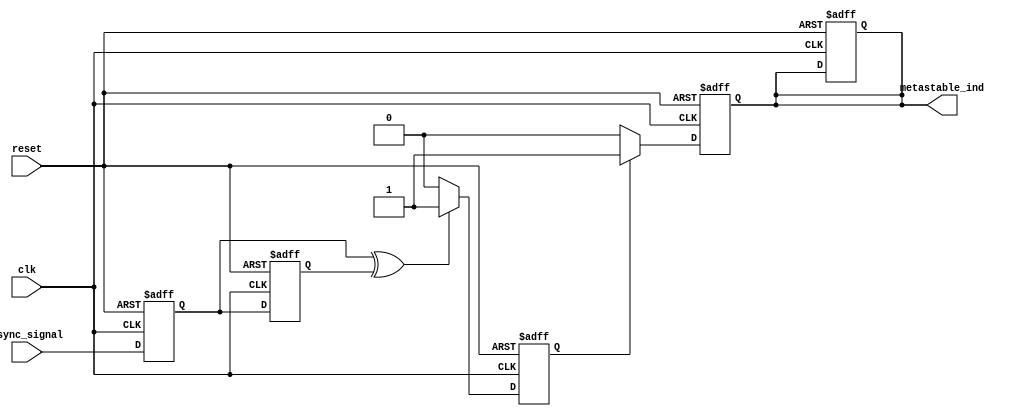
module metastability_detector (
    input wire clk,            // Clock input
    input wire async_signal,   // Asynchronous input signal
    input wire reset,          // Reset signal
    output reg metastable_ind  // Metastability indication output
);

// Internal signals
reg ff1, ff2;                // Flip-flops for sampling
reg pulse;                   // Pulse signal for metastability detection

// Flip-flop to sample the asynchronous signal
always @(posedge clk or posedge reset) begin
    if (reset) begin
        ff1 <= 1'b0;
        ff2 <= 1'b0;
    end else begin
        ff1 <= async_signal; // Sample the asynchronous signal
        ff2 <= ff1;          // Sample the first flip-flop output
    end
end

// Pulse generation logic
always @(posedge clk or posedge reset) begin
    if (reset) begin
        pulse <= 1'b0;
        metastable_ind <= 1'b0;
    end else begin
        // Generate a pulse when the outputs of the flip-flops differ
        if (ff1 ^ ff2) begin
            pulse <= 1'b1;     // Indicate a state change
        end else begin
            pulse <= 1'b0;     // Clear pulse if no change
        end
    end
end

// Metastability indication logic
always @(posedge clk or posedge reset) begin
    if (reset) begin
        metastable_ind <= 1'b0;
    end else begin
        // Set metastable indication if pulse is high
        if (pulse) begin
            metastable_ind <= 1'b1;
        end else begin
            metastable_ind <= 1'b0; // Clear indication if no pulse
        end
    end
end

endmodule